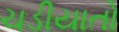
ચડીયાતો